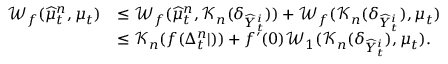
\begin{array} { r l } { \mathcal { W } _ { f } ( \widehat { \mu } _ { t } ^ { n } , \mu _ { t } ) } & { \leq \mathcal { W } _ { f } ( \widehat { \mu } _ { t } ^ { n } , \mathcal { K } _ { n } ( \delta _ { \widehat { Y } _ { t } ^ { i } } ) ) + \mathcal { W } _ { f } ( \mathcal { K } _ { n } ( \delta _ { \widehat { Y } _ { t } ^ { i } } ) , \mu _ { t } ) } \\ & { \leq \mathcal { K } _ { n } ( f ( \Delta _ { t } ^ { n } | ) ) + f ^ { \prime } ( 0 ) \mathcal { W } _ { 1 } ( \mathcal { K } _ { n } ( \delta _ { \widehat { Y } _ { t } ^ { i } } ) , \mu _ { t } ) . } \end{array}